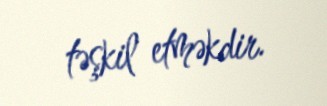
təşkil etməkdir.